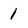
Character: 1